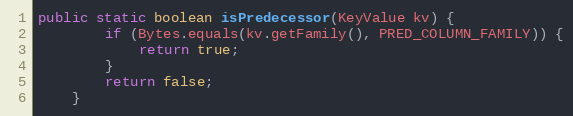
Language: Java
public static boolean isPredecessor(KeyValue kv) {
        if (Bytes.equals(kv.getFamily(), PRED_COLUMN_FAMILY)) {
            return true;
        }
        return false;
    }